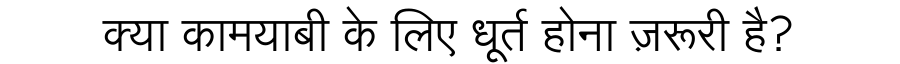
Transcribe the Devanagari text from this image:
क्या कामयाबी के लिए धूर्त होना ज़रूरी है?